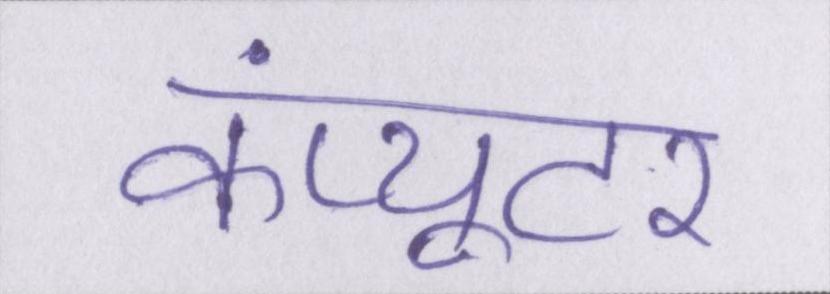
कंप्यूटर